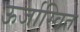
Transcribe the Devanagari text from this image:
ऊर्जास्वित